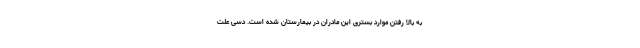
به بالا رفتن موارد بستری این مادران در بیمارستان شده است. دسی علت